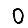
Digit: 0